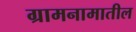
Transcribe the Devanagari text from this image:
ग्रामनामातील